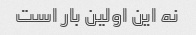
نه این اولین بار است